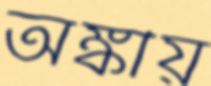
অঙ্কীয়